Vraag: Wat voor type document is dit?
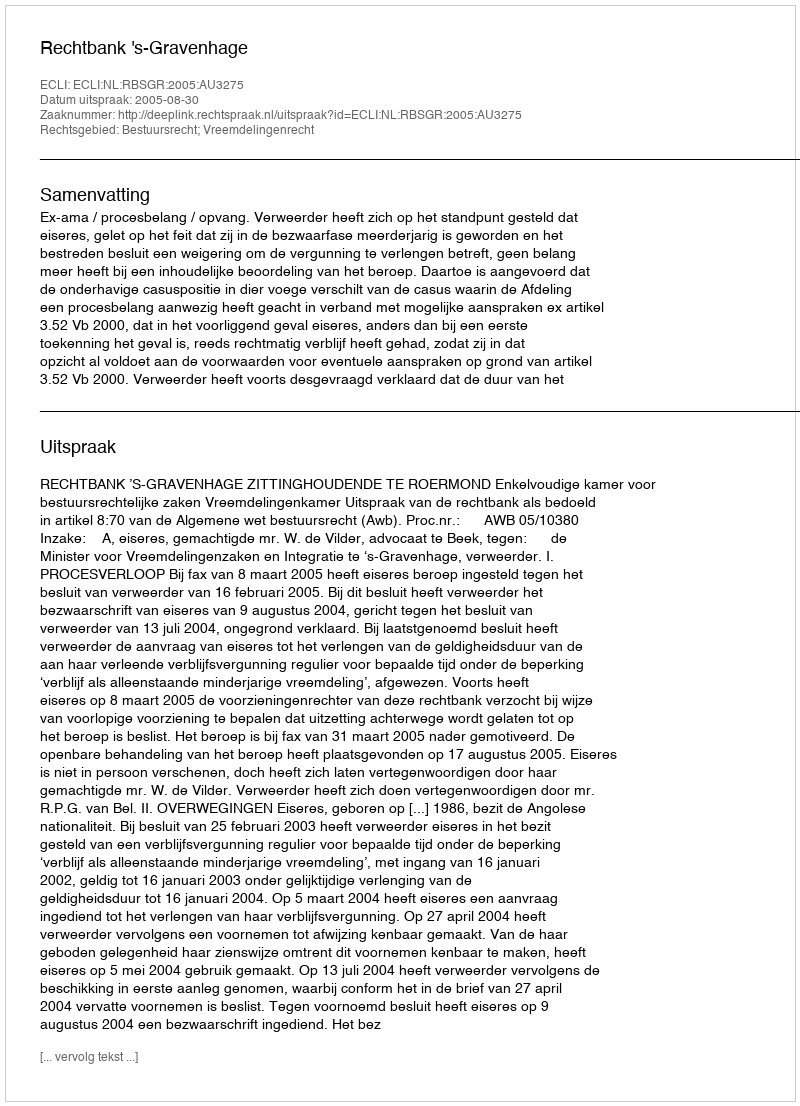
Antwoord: Uitspraak